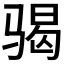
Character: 𩨀